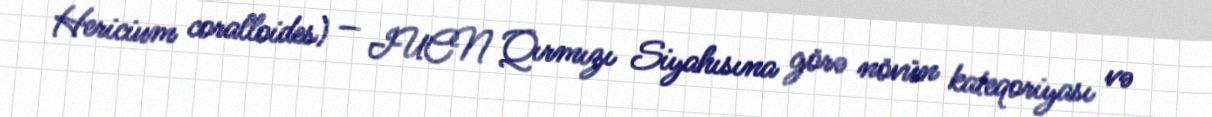
Hericium coralloides) — IUCN Qırmızı Siyahısına görə növün kateqoriyası və